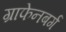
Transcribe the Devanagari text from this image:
ग्राफेनबर्ग